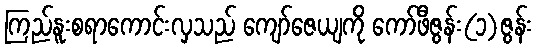
ကြည်နူးစရာကောင်းလှသည် ကျော်ဇေယျကို ကော်ဖီဇွန်း(၁)ဇွန်း